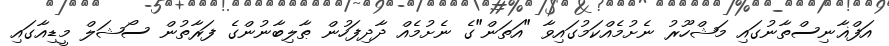
އަފްޣާނިސްތާނުގައި މަޝްހޫރު ނެށުމެއްކަމުގައިވާ "އަތަން"ގެ ނެށުމެއް ދާދިފަހުން ޠާލިބާނުންގެ ފަރާތުން ސޯޝަލް މީޑިއާގައި